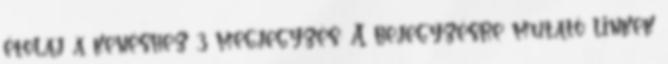
étolaj a kenéshez 3 megjegyzés: A bejegyzésre mutató linkek